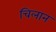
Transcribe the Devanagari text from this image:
चिलान